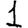
Digit: 1